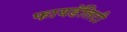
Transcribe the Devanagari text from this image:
फायडॅलिटी